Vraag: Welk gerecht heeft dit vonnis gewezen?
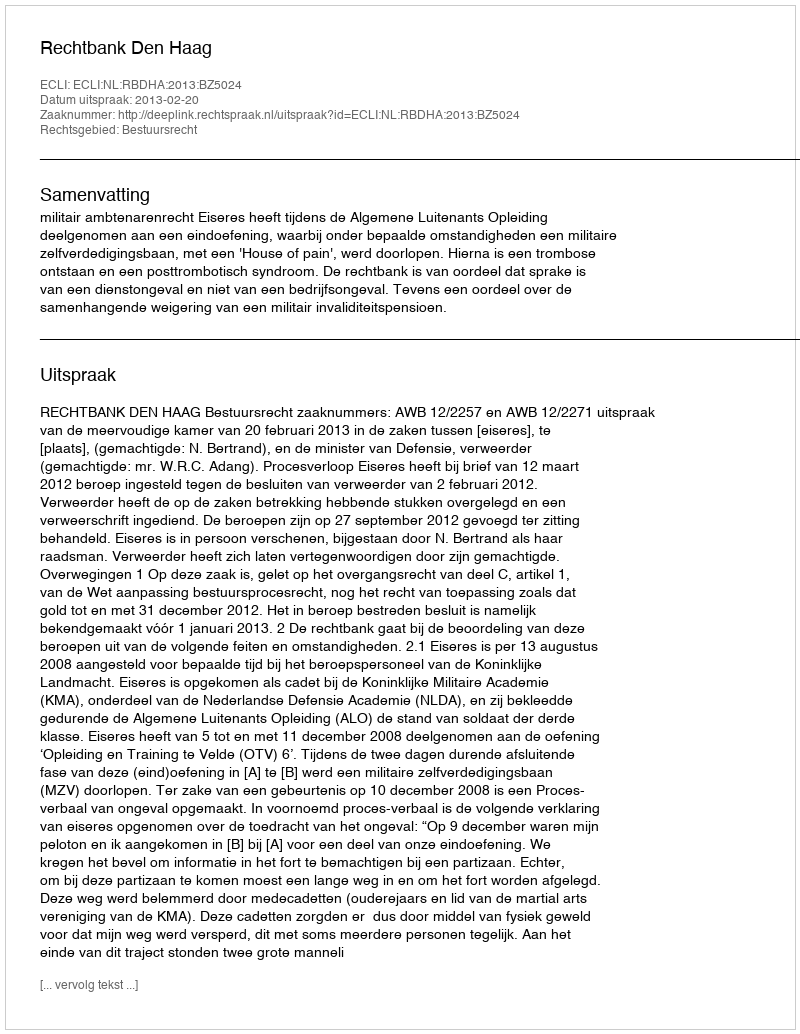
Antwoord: Rechtbank Den Haag